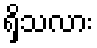
ရှိသလား